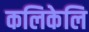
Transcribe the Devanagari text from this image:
कलिकेलि